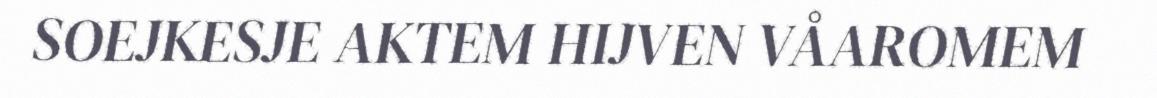
SOEJKESJE AKTEM HIJVEN VÅAROMEM